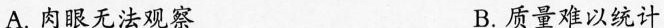
A. 肉眼无法观察 B. 质量难以统计